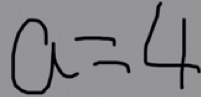
a = 4